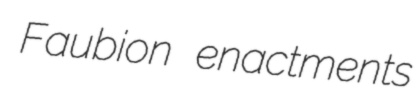
Faubion enactments